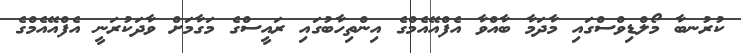
ކުރުނބާ މޯލްޑިވްސްގައި މާދަމާ ބާއްވާ އެފްއޭއެމްގެ އިންތިހާބުގައި ރައީސްގެ މަގާމަށް ވާދަކުރަނީ އެފްއޭއެމްގެ